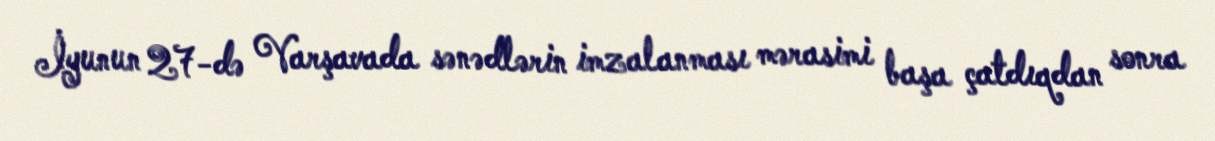
İyunun 27-də Varşavada sənədlərin imzalanması mərasimi başa çatdıqdan sonra